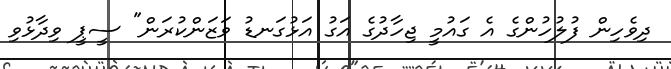
ދިވެހިން ފުލުހުންގެ އެ ގައުމީ ޖިހާދުގެ އަގު އަޅުގަނޑު ވަޒަންކުރަން" ސީޕީ ވިދާޅުވި